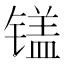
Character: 𲈘